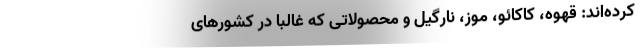
کرده‌اند: قهوه، کاکائو، موز، نارگیل و محصولاتی که غالباً در کشورهای